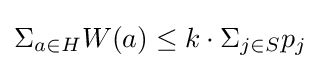
\Sigma _{a\in H}W(a)\leq k\cdot \Sigma _{j\in S}p_{j}